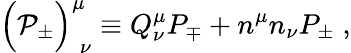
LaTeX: \Bigr({\cal P}_{\pm}\Bigr)_{\; \nu}^{\mu}\equiv Q_{\nu}^{\mu}P_{\mp}+n^{\mu}n_{\nu}P_{\pm}\; ,